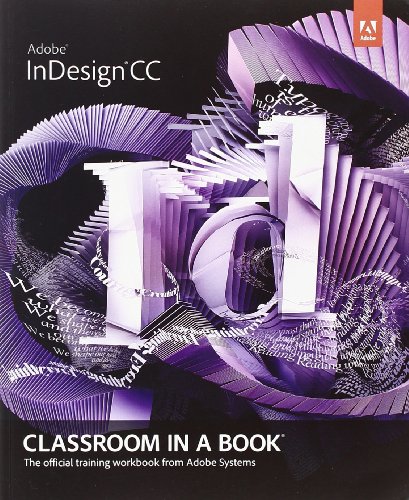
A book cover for Adobe InDesign CC Classroom in a Book (Classroom in a Book (Adobe)); Adobe Creative Team; Arts & Photography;